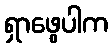
ရှာဖွေပါက